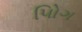
પોિગ